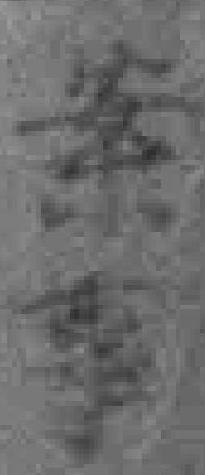
案事